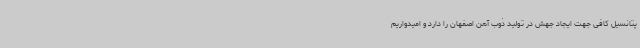
پتانسیل کافی جهت ایجاد جهش در تولید ذوب آهن اصفهان را دارد و امیدواریم